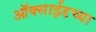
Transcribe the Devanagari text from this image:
ऑक्‍साईडच्या